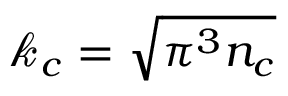
\mathcal { k } _ { c } = \sqrt { \pi ^ { 3 } n _ { c } }